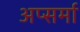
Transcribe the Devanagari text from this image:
अप्सर्मा